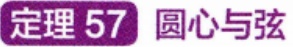
定理 57 圆心与弦